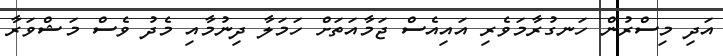
އަދި މިސްރުން ހަނގުރާމަވެރި އައިއެސް ޖަމާއަތަށް ހަމަލާ ދިނުމާއި މެދު ވެސް މަޝްވަރާ